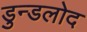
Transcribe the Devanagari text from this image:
डुन्डलोद